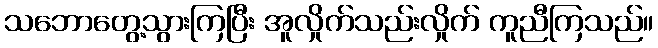
သဘောတွေ့သွားကြပြီး အူလှိုက်သည်းလှိုက် ကူညီကြသည်။